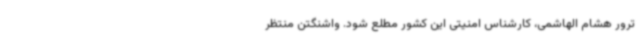
ترور هشام الهاشمی، کارشناس امنیتی این کشور مطلع شود. واشنگتن منتظر